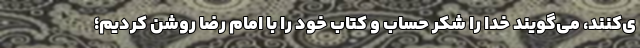
ی‌کنند، می‌گویند خدا را شکر حساب و کتاب خود را با امام رضا روشن کردیم؛